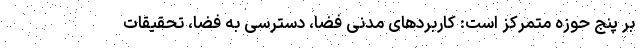
بر پنج حوزه متمرکز است: کاربردهای مدنی فضا، دسترسی به فضا، تحقیقات